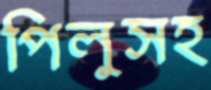
পিলুসহ